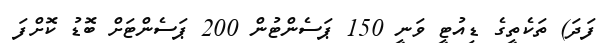
ފަދަ) ތަކެތީގެ ޑިއުޓީ ވަނީ 150 ޕަސެންޓުން 200 ޕަސެންޓަށް ބޮޑު ކޮށްފަ